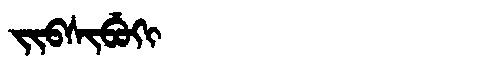
Manchu: ᠵᡳᠪᠰᡳᠪᡠᡴᡳ
Romanization: JIBSIBUKI